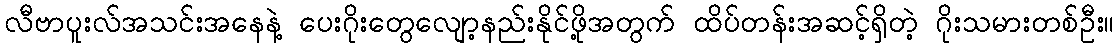
လီဗာပူးလ်အသင်းအနေနဲ့ ပေးဂိုးတွေလျော့နည်းနိုင်ဖို့အတွက် ထိပ်တန်းအဆင့်ရှိတဲ့ ဂိုးသမားတစ်ဦး။